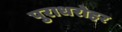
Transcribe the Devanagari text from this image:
पुराधरोहर